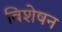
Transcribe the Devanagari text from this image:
विशेषन